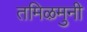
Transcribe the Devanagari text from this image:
तमिऴमुनी